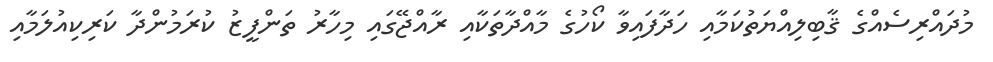
މުދައްރިސެއްގެ ޤާބިލިއްޔަތުކަމާއި ހަދާފައިވާ ކޯހުގެ މާއްދާތަކާއި ރާއްޖޭގައި މިހާރު ތަންފީޒު ކުރަމުންދާ ކަރިކިއުލަމާއި